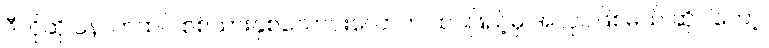
ဒီလိုဆို နောက်ထပ် စစ်သားနှစ်သောင်းလောက် ထပ်ဖြည့်မှ အလုပ်ဖြစ်မယ် ဆိုပါတော့၊